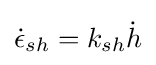
{\dot {\epsilon }}_{sh}=k_{sh}{\dot {h}}